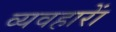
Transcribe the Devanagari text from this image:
व्यवहाराें